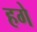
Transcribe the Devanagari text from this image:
हगे